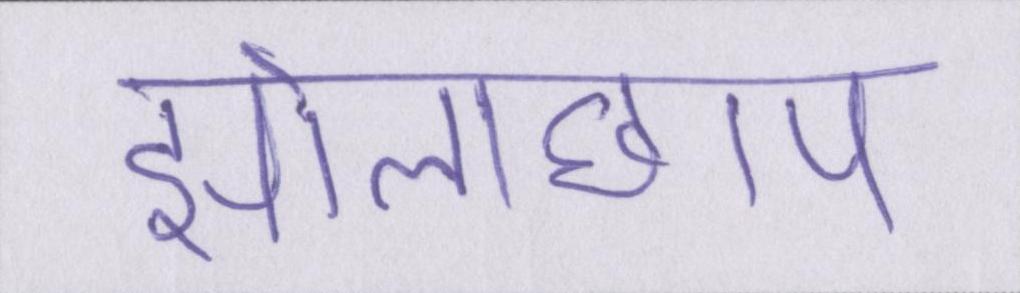
झोलाछाप